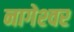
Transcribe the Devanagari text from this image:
नागेश्‍वर